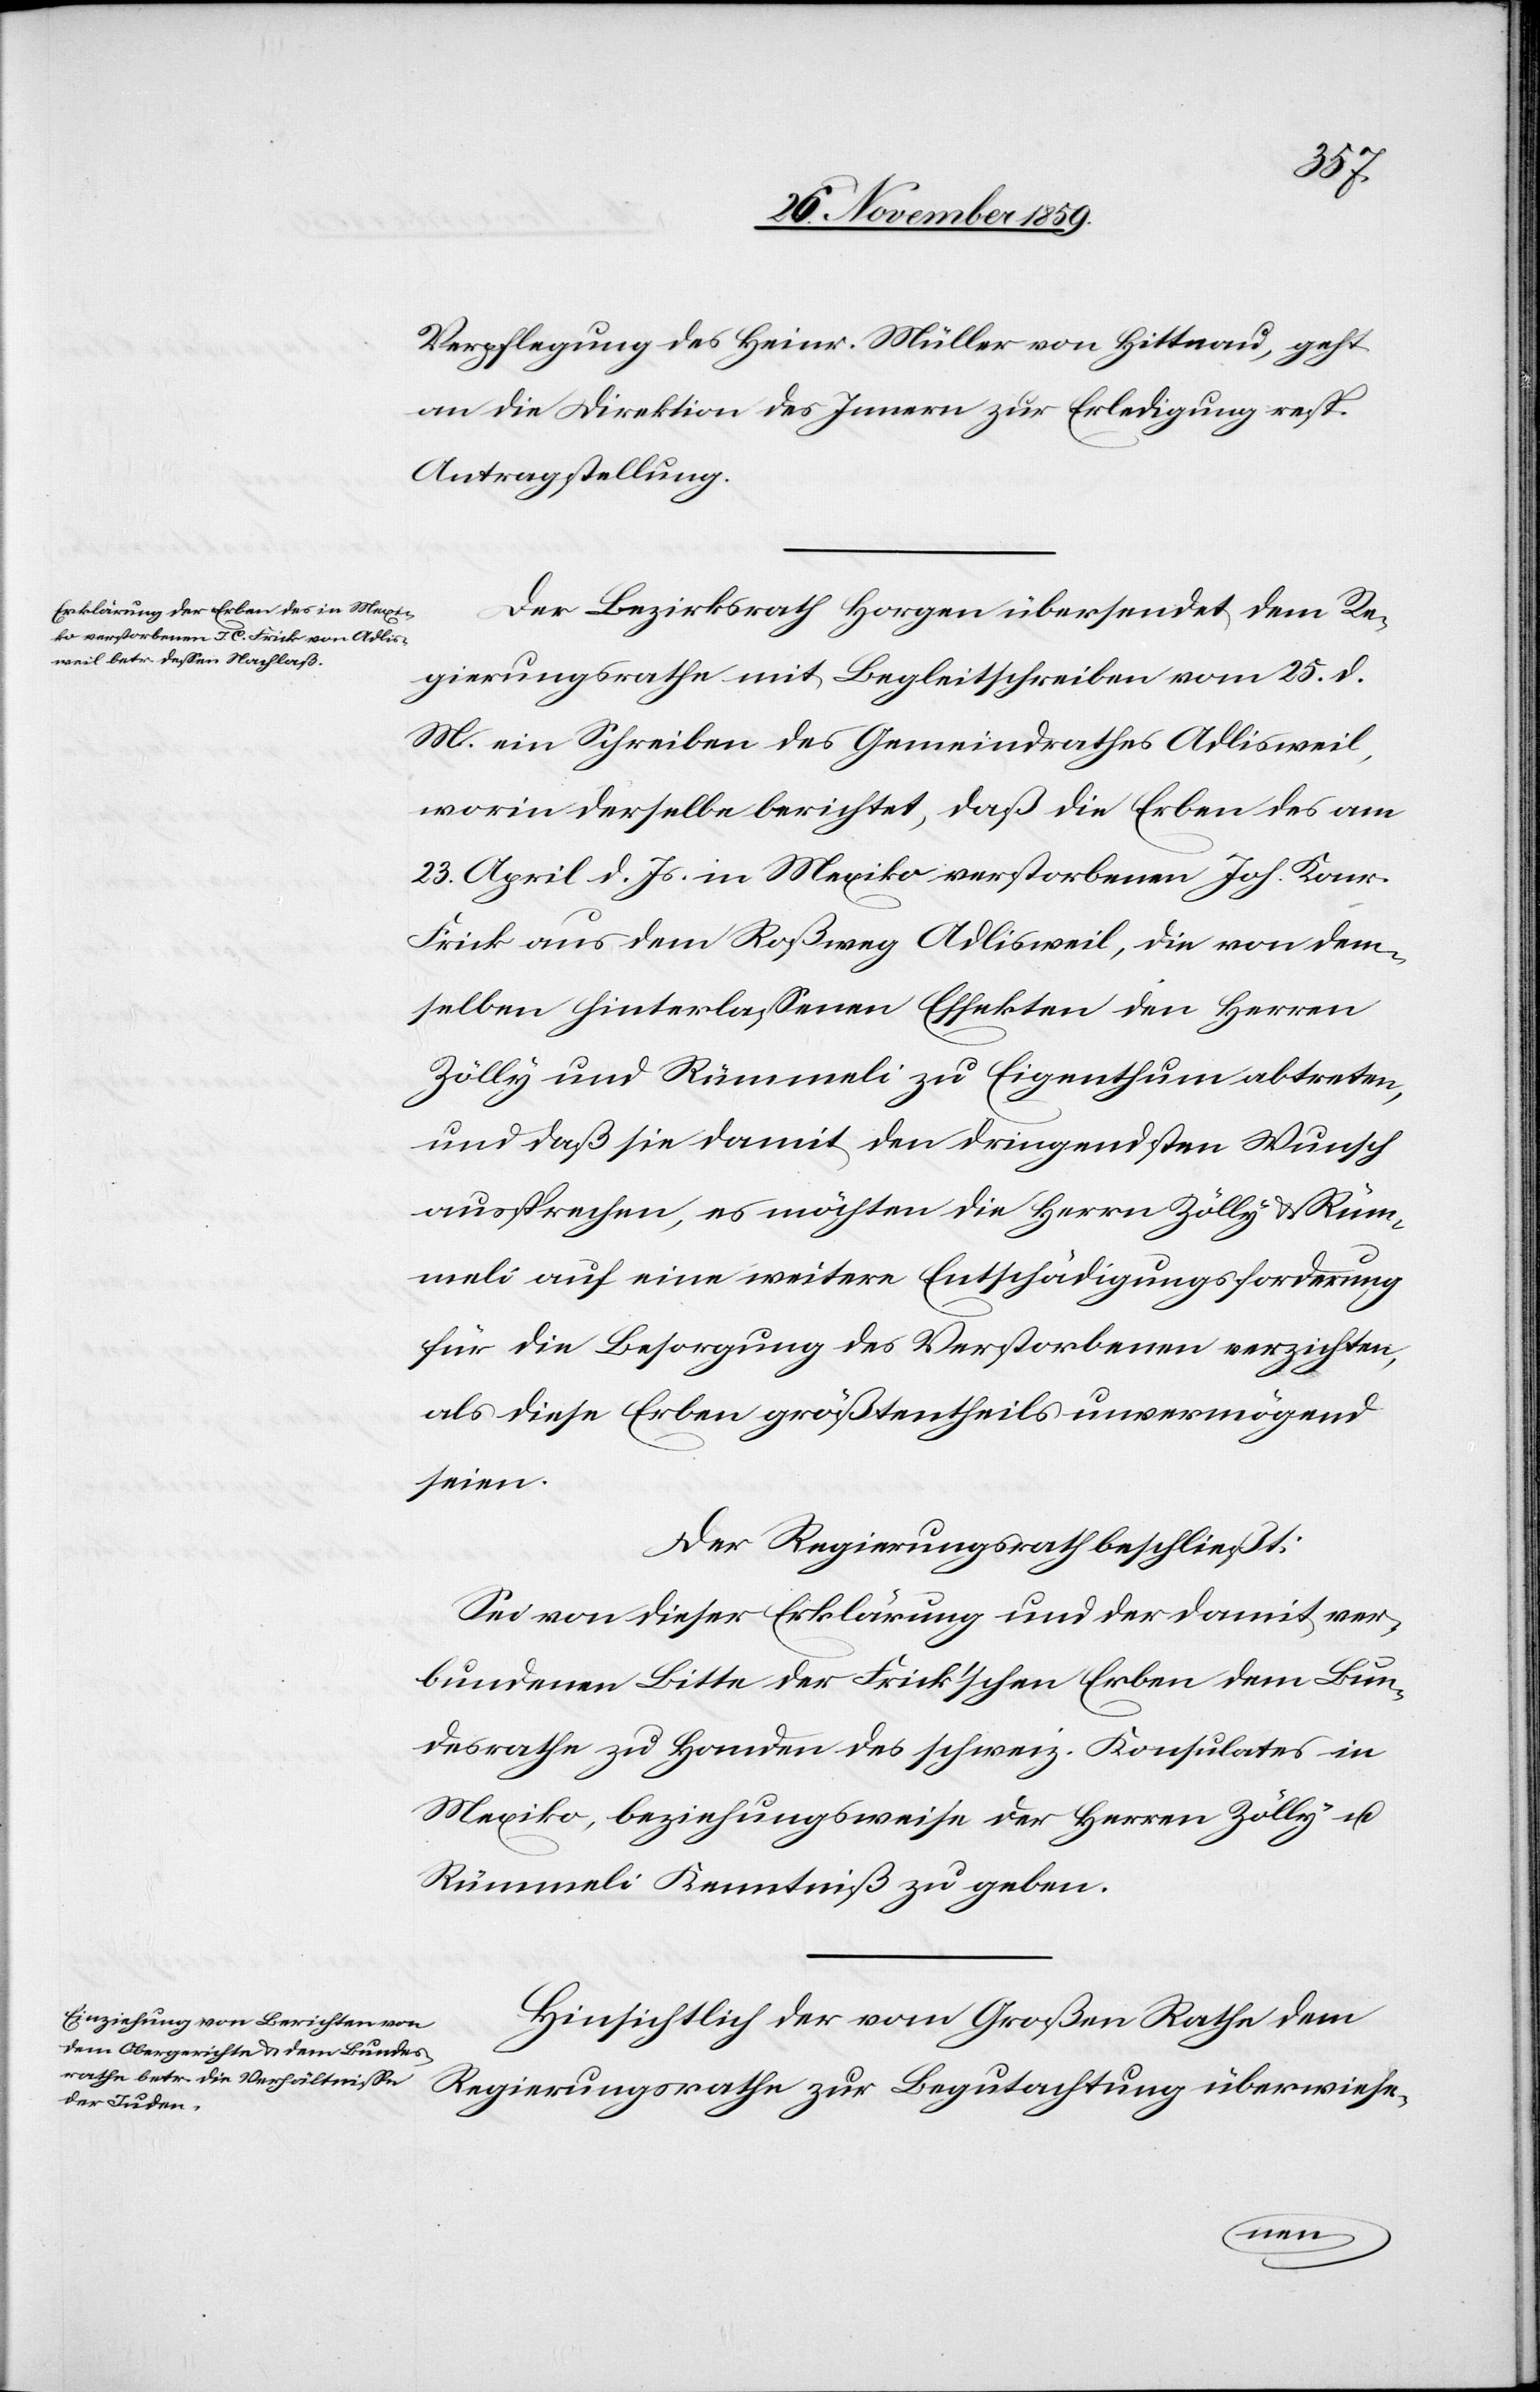
ver¬
Verpflegung des Heinr. Müller von Hittnau, geht
an die Direktion des Innern zur Erledigung resp.
Antragstellung.
Der Bezirksrath Horgen übersendet dem Re¬
gierungsrathe mit Begleitschreiben vom 25. d.
M. ein Schreiben des Gemeindrathes Adlisweil,
worin derselbe berichtet, daß die Erben des am
23. April d. Js. in Mexiko verstorbenen Joh. Konr.
Frick aus dem Roßweg Adlisweil, die von dem¬
selben hinterlassenen Effekten den Herren
Zölly und Rümmeli zu Eigenthum abtreten,
und daß sie damit den dringendsten Wunsch
aussprechen, es möchten die Herrn Zölly & Rüm¬
meli auf eine weitere Entschädigungsforderung
für die Besorgung des Verstorbenen verzichten,
als diese Erben größtentheils unvermögend
seien.
Der Regierungsrath beschließt:
bundenen Bitte der Frick’schen Erben dem Bun¬
desrathe zu Handen des schweiz. Konsulates in
Mexiko, beziehungsweise der Herren Zölly u.
Rümmeli Kenntniß zu geben.
Hinsichtlich der vom Großen Rathe dem
Regierungsrathe zur Begutachtung überwiese-